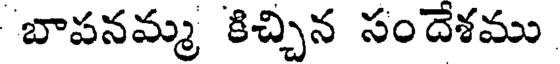
బాపనమ్మ కిచ్చిన సందేశము